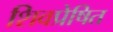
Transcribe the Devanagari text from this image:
शिवप्रेषित